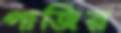
পাজির